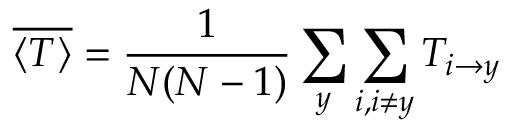
\overline { { \langle T \rangle } } = \frac { 1 } { N ( N - 1 ) } \sum _ { y } \sum _ { i , i \ne y } T _ { { i \rightarrow y } }